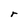
Character: r